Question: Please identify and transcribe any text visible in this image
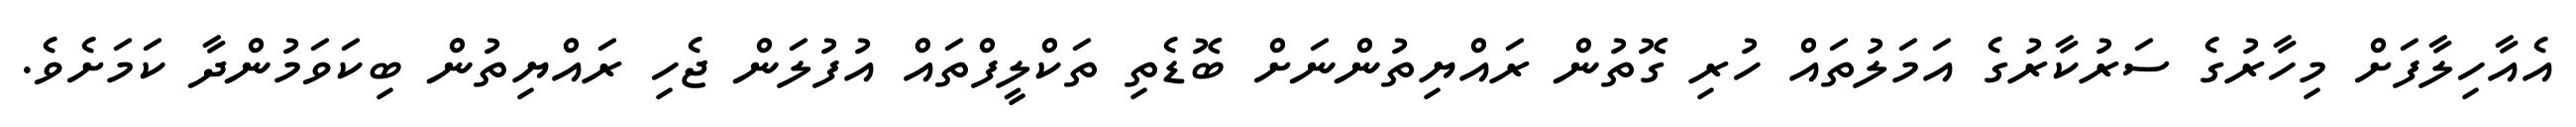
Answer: އެއާހިލާފަށް މިހާރުގެ ސަރުކާރުގެ އަމަލުތައް ހުރި ގޮތުން ރައްޔިތުންނަށް ބޮޑެތި ތަކްލީފްތައް އުފުލަން ޖެހި ރައްޔިތުން ބިކަވަމުންދާ ކަމަށެވެ.